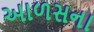
આળસના